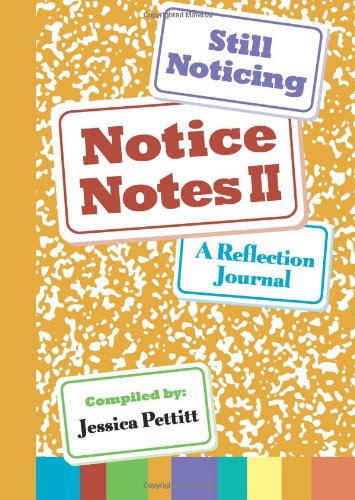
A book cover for Notice Notes II: Still Noticing: A Reflection Journal (Volume 2); Jessica Pettitt; Education & Teaching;